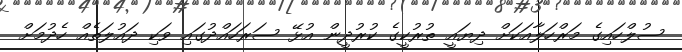
ސުލްހައިގެ މަރްހަލާއަކަށް ދިޔައީ ތުރުކީގެ ކުރުދީން އުޅޭ ސަރަހައްދުގައި ވަކި ދައުލަތެއް ހެދުމަށް